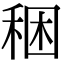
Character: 稇